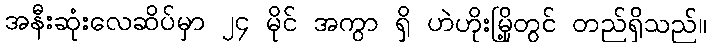
အနီးဆုံးလေဆိပ်မှာ ၂၄ မိုင် အကွာ ရှိ ဟဲဟိုးမြို့တွင် တည်ရှိသည်။